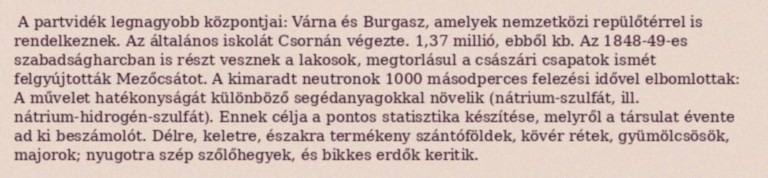
A partvidék legnagyobb központjai: Várna és Burgasz, amelyek nemzetközi repülőtérrel is rendelkeznek. Az általános iskolát Csornán végezte. 1,37 millió, ebből kb. Az 1848-49-es szabadságharcban is részt vesznek a lakosok, megtorlásul a császári csapatok ismét felgyújtották Mezőcsátot. A kimaradt neutronok 1000 másodperces felezési idővel elbomlottak: A művelet hatékonyságát különböző segédanyagokkal növelik (nátrium-szulfát, ill. nátrium-hidrogén-szulfát). Ennek célja a pontos statisztika készítése, melyről a társulat évente ad ki beszámolót. Délre, keletre, északra termékeny szántóföldek, kövér rétek, gyümölcsösök, majorok; nyugotra szép szőlőhegyek, és bikkes erdők keritik.